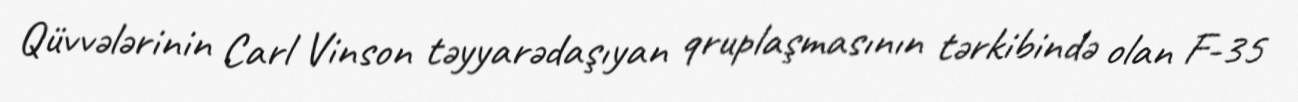
Qüvvələrinin Carl Vinson təyyarədaşıyan qruplaşmasının tərkibində olan F-35